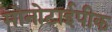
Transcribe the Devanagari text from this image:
मोनोटाईपीक